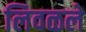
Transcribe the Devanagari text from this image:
लिवळले